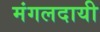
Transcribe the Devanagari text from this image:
मंगलदायी